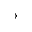
\rightarrow